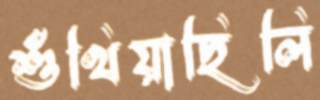
শুঁখিয়াছিলি